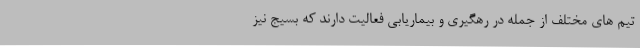
تیم های مختلف از جمله در رهگیری و بیماریابی فعالیت دارند که بسیج نیز